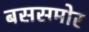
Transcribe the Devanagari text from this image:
बससमोर